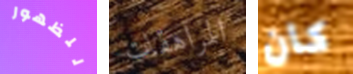
للظهور المراهقات كان